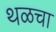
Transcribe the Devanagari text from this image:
थळचा